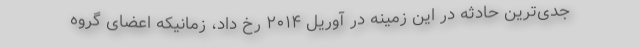
جدی‌ترین حادثه در این زمینه در آوریل ۲۰۱۴ رخ داد، زمانیکه اعضای گروه